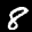
Label: 8